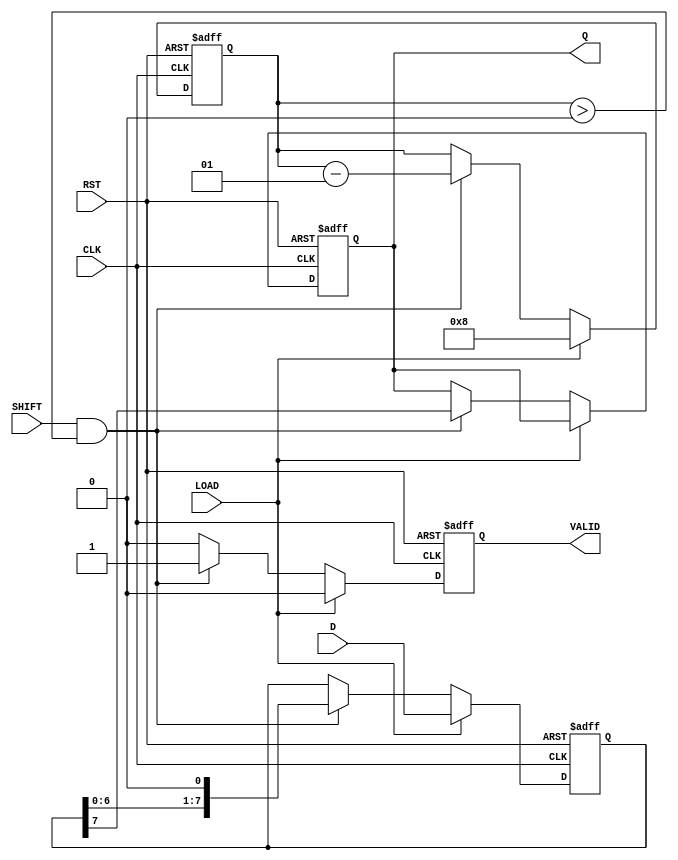
module PISO_Register #(
    parameter WIDTH = 8  // Width of the data bus
)(
    input wire [WIDTH-1:0] D,     // Parallel data input
    input wire LOAD,               // Load control signal
    input wire SHIFT,              // Shift control signal
    input wire CLK,                // Clock signal
    input wire RST,                // Asynchronous reset
    output reg Q,                  // Serial output
    output reg VALID               // Data valid output
);

    reg [WIDTH-1:0] shift_reg;     // Storage register for parallel data
    integer bit_counter;            // Counter for shifted bits

    // Asynchronous reset
    always @(posedge CLK or posedge RST) begin
        if (RST) begin
            shift_reg <= 0;         // Clear the shift register
            Q <= 0;                 // Clear the serial output
            VALID <= 0;             // Clear the VALID signal
            bit_counter <= 0;        // Reset bit counter
        end else begin
            if (LOAD) begin
                shift_reg <= D;      // Load data into the shift register
                bit_counter <= WIDTH; // Reset bit counter to WIDTH
                VALID <= 0;          // VALID is low when loading
            end else if (SHIFT && bit_counter > 0) begin
                Q <= shift_reg[WIDTH-1]; // Output the MSB
                shift_reg <= {shift_reg[WIDTH-2:0], 1'b0}; // Shift left
                bit_counter <= bit_counter - 1; // Decrement counter
                VALID <= 1;          // VALID is high when shifting
            end else begin
                VALID <= 0;          // VALID is low if not shifting
            end
        end
    end

endmodule